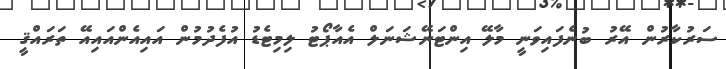
ސަރުކާރުން އޭރު ބުނެފައިވަނީ މާލޭ އިންޓަނޭޝަނަލް އެއާޕޯޓު ލިމިޓެޑު އުފެދުމުން އައިއެންއައިއޭ ތަރައްޤީ